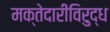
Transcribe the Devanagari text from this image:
मक्तेदारीविरुद्ध